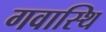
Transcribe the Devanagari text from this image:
गवास्थि